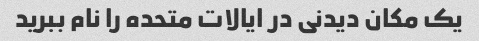
یک مکان دیدنی در ایالات متحده را نام ببرید